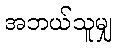
အဘယ်သူမျှ